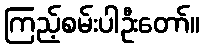
ကြည့်စမ်းပါဦးတော်။